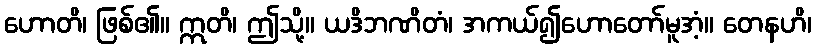
ဟောတိ၊ ဖြစ်၏။ ဣတိ၊ ဤသို့။ ယဒိဘဏိတံ၊ အကယ်၍ဟောတော်မူအံ့။ တေနဟိ၊